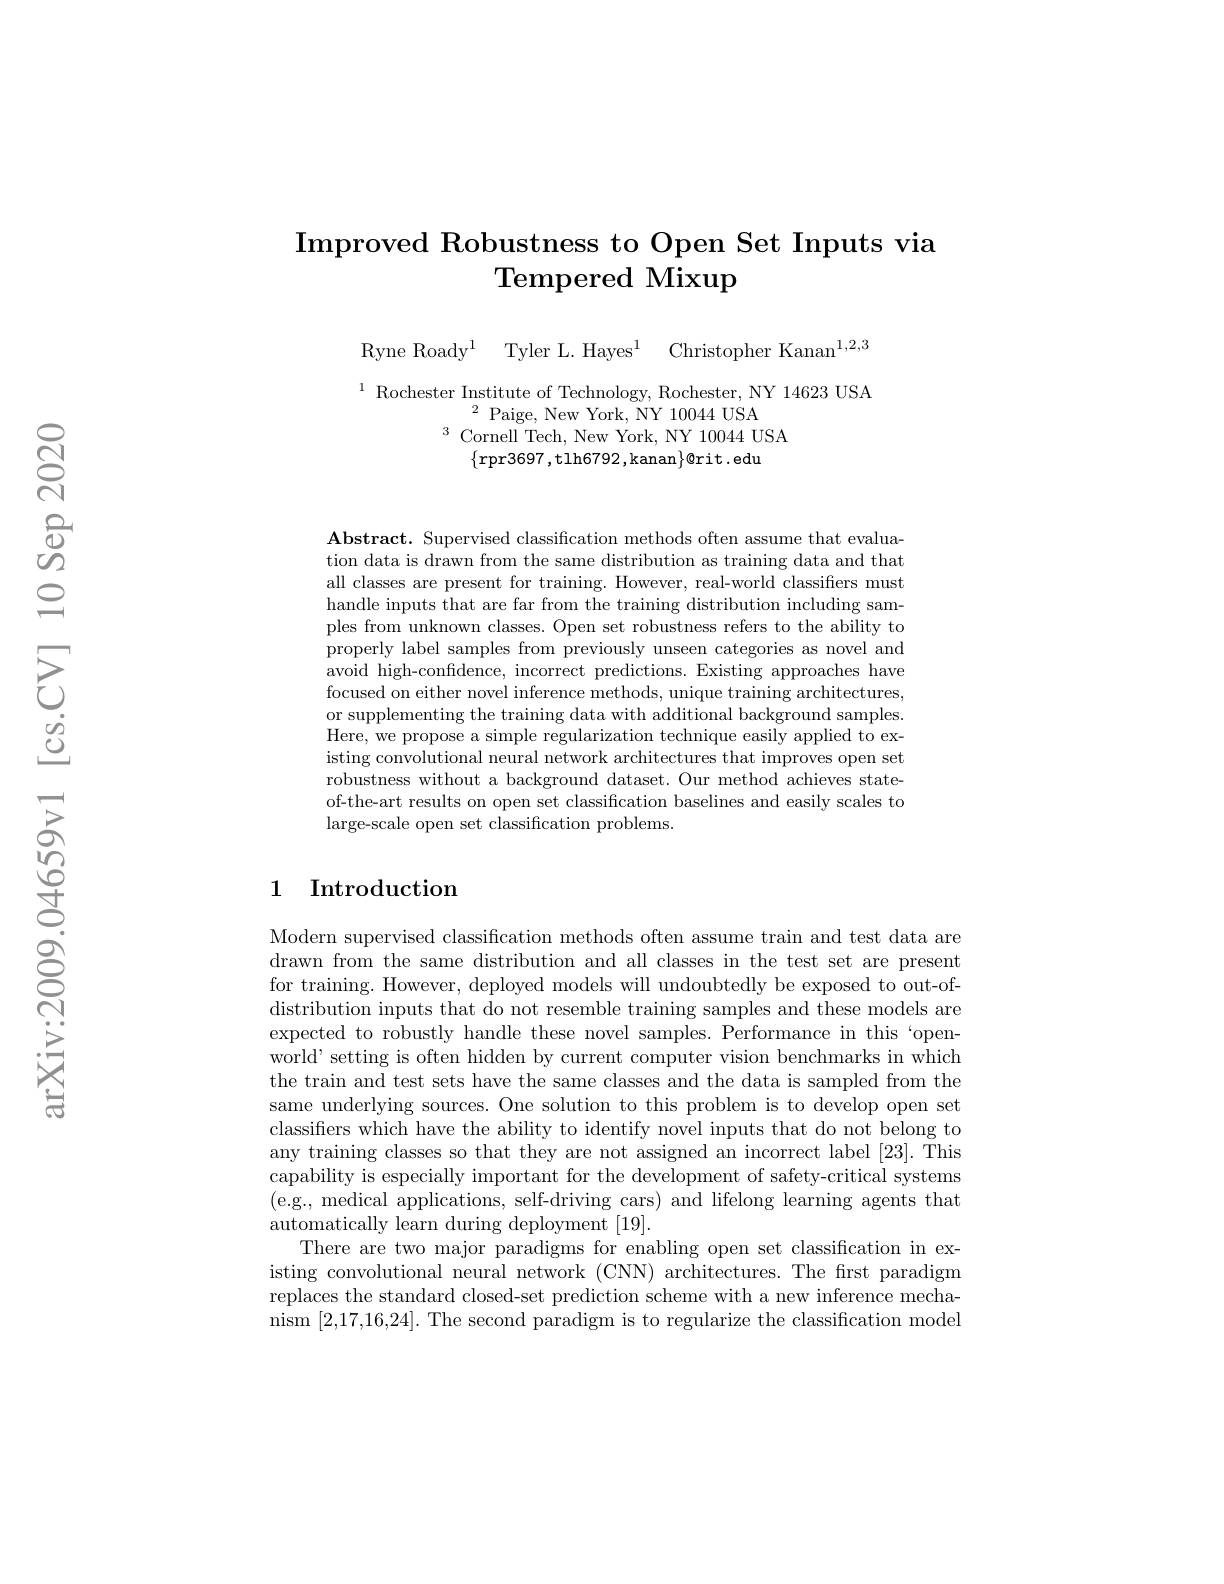
# Improved Robustness to Open Set Inputs via $\textbf{Tempered Mixup}$

Ryne Roady$^1$ Tyler L. Hayes$^1$ Christopher Kanan$^1,2,3$

$^{1}$ Rochester Institute of Technology, Rochester, NY 14623 USA
$^{2}$Paige, New York, NY 10044 USA
$^{3}$Cornell Tech, New York, NY 10044 USA
$\{$rpr3697,tlh6792,kanan$\}\emptyset$rit.edu

$\mathbf{Abstract.~Supervised~classification~methods~often~assume~that~evalua-}$ tion data is drawn from the same distribution as training data and that all classes are present for training. However, real-world classifiers must handle inputs that are far from the training distribution including samples from unknown classes. Open set robustness refers to the ability to properly label samples from previously unseen categories as novel and avoid high-confidence, incorrect predictions. Existing approaches have focused on either novel inference methods, unique training architectures, or supplementing the training data with additional background samples. Here, we propose a simple regularization technique easily applied to existing convolutional neural network architectures that improves open set robustness without a background dataset. Our method achieves stateof-the-art results on open set classification baselines and easily scales to large-scale open set classification problems.

## 1 Introduction

Modern supervised classification methods often assume train and test data are $\bar{\text{drawn from the same distribution and all classes in the test set are present}}$ for training. However, deployed models will undoubtedly be exposed to out-ofdistribution inputs that do not resemble training samples and these models are expected to robustly handle these novel samples. Performance in this ‘open- $\bar{\text{world' setting is often hidden by current computer vision benchmarks in which}}$ the train and test sets have the same classes and the data is sampled from the same underlying sources. One solution to this problem is to develop open set classifiers which have the ability to identify novel inputs that do not belong to any training classes so that they are not assigned an incorrect label [23]. This capability is especially important for the development of safety-critical systems (e.g., medical applications, self-driving cars) and lifelong learning agents that automatically learn during deployment [19].
There are two major paradigms for enabling open set classification in existing convolutional neural network (CNN) architectures. The frst paradigm replaces the standard closed-set prediction scheme with a new inference mechanism [2,17,16,24]. The second paradigm is to regularize the classification model